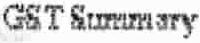
GST SUMMARY